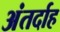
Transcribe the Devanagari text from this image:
अंतर्दाह